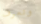
ونعرف